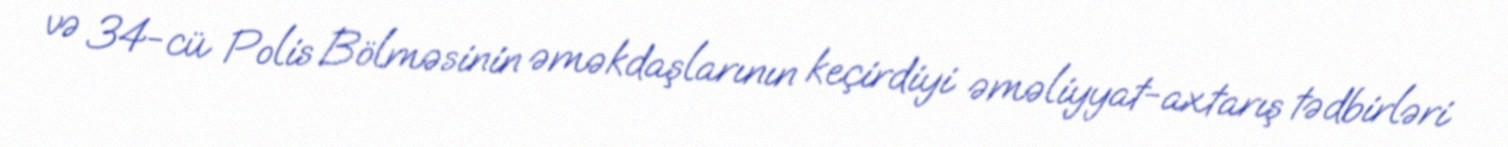
və 34-cü Polis Bölməsinin əməkdaşlarının keçirdiyi əməliyyat-axtarış tədbirləri